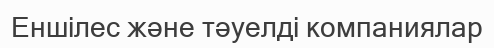
Еншілес және тәуелді компаниялар